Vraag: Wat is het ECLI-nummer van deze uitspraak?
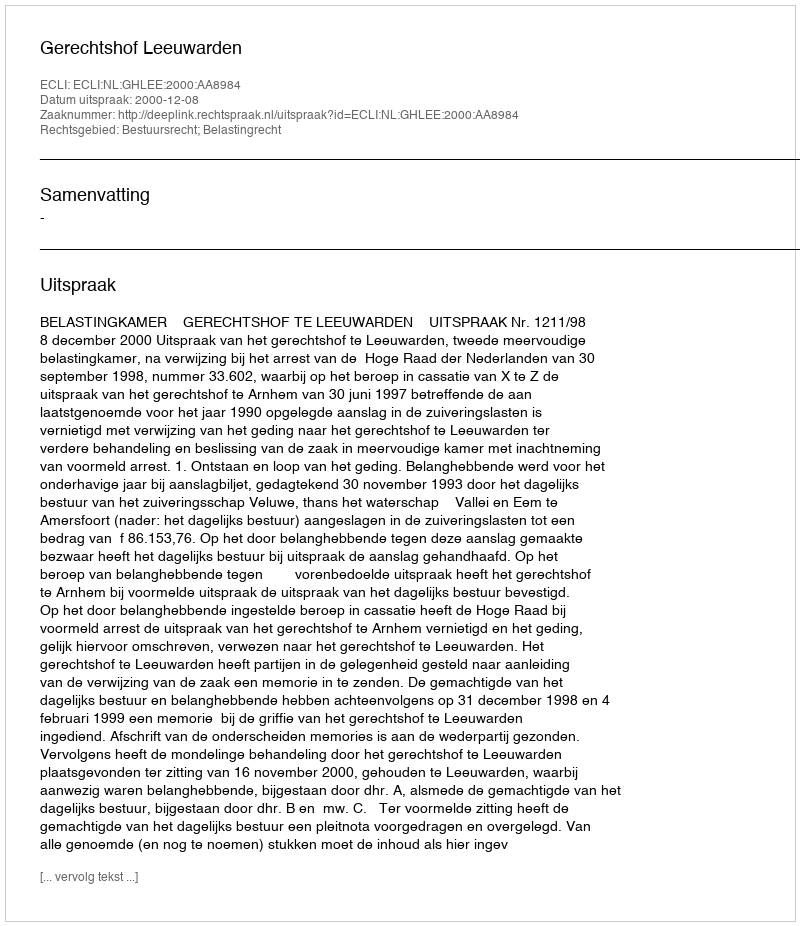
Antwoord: ECLI:NL:GHLEE:2000:AA8984